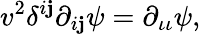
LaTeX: v^{2}\delta^{i\mathbf{j}}\partial_{i\mathbf{j}}\psi=\partial_{\iota\iota}\psi,